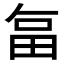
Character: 𭻉